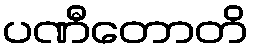
ပဏီတောတိ